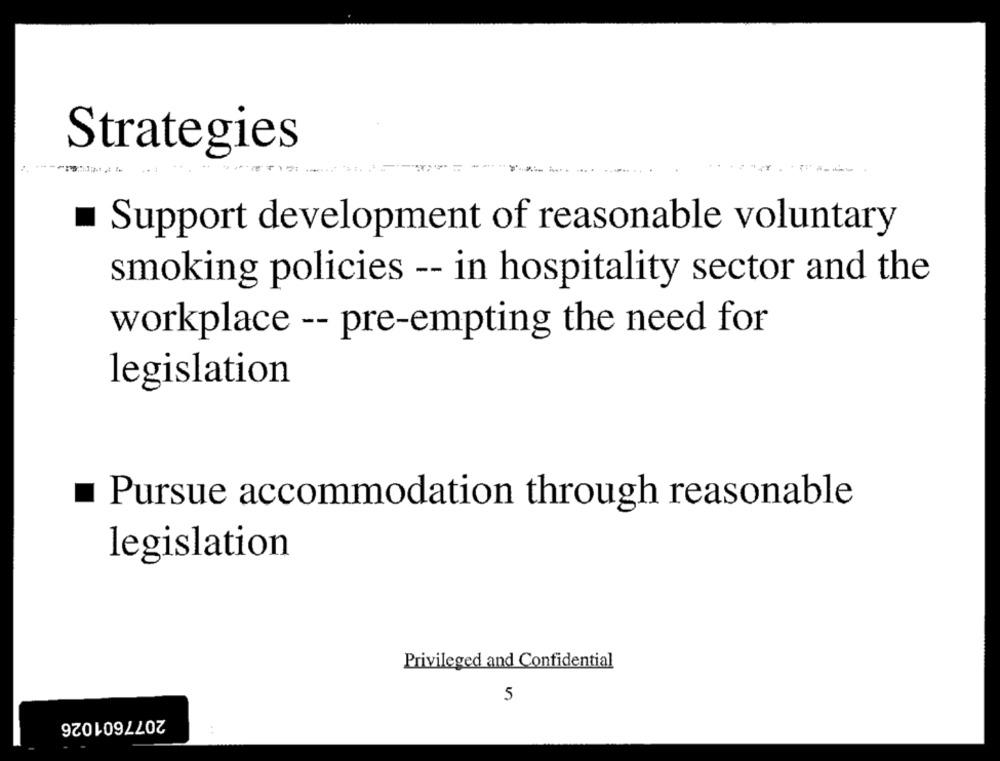
Strategies
Support development of reasonable voluntary
smoking policies -- in hospitality sector and the
workplace -- pre-empting the need for
legislation
Pursue accommodation through reasonable
legislation
Privileged and Confidential
5
2077601026
: